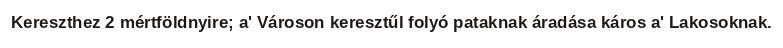
Kereszthez 2 mértföldnyire; a' Városon keresztűl folyó pataknak áradása káros a' Lakosoknak.